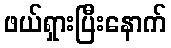
ဖယ်ရှားပြီးနောက်